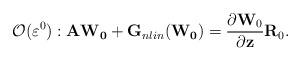
LaTeX: \begin{align*}\mathcal{O}(\varepsilon^0):\mathbf{A}\mathbf{ W_0}+\mathbf{G}_{nlin}(\mathbf{W_0})=\frac{\partial \mathbf{W}_0}{\partial \mathbf{z}}\mathbf{R}_0.\end{align*}